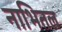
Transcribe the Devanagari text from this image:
नाभितल